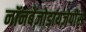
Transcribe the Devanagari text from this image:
नॉनबेंज़ोडायज़ेपींस